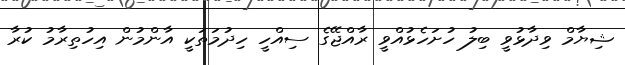
ޝިޔާމް ވިދާޅުވީ ބިލު ހުށަހެޅުއްވީ ރާއްޖޭގެ ސިއްހީ ހިދުމަތަކީ އާންމުން އިހުތިރާމު ކުރާ